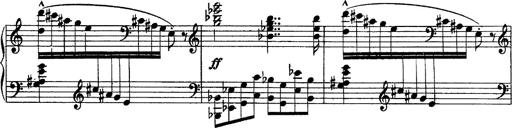
Title: Piano Sonata
Composer: Karl HÃ¤ssler
Key: C major